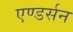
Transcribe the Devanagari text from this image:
एण्डर्सन